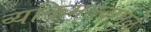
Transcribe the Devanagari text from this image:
व्यक्तिमत्त्वामुळे